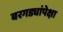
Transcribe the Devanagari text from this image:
बरगड्यांपेक्षा